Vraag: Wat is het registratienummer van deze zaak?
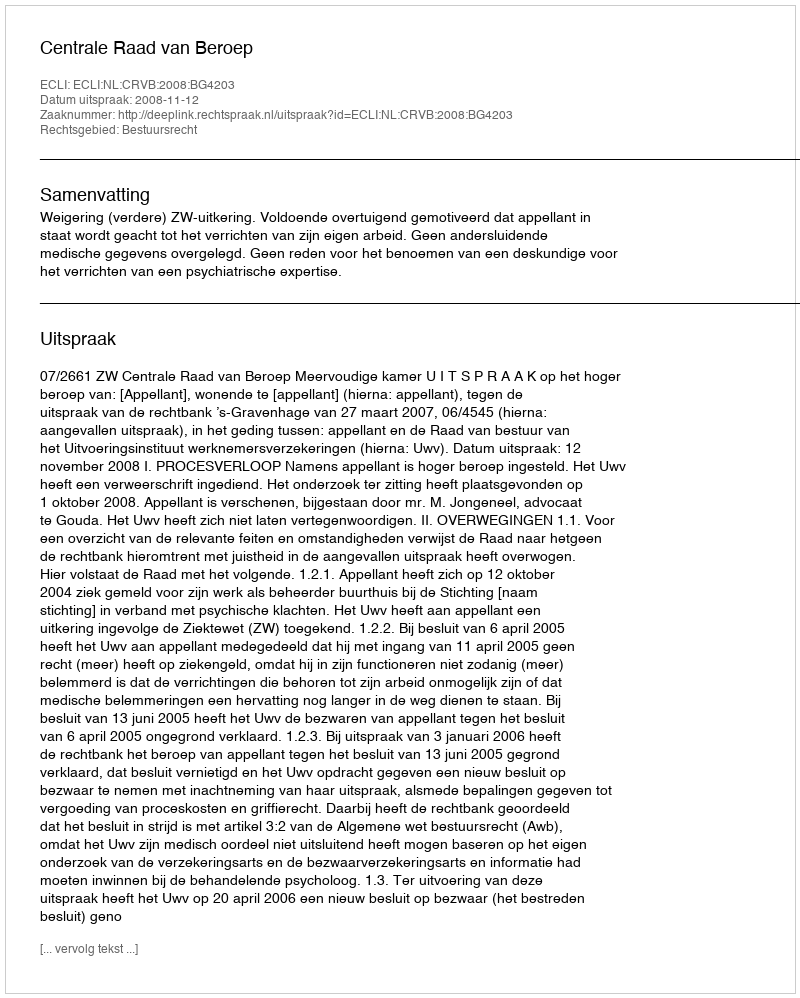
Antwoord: http://deeplink.rechtspraak.nl/uitspraak?id=ECLI:NL:CRVB:2008:BG4203